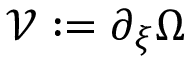
\mathcal { V } : = \partial _ { \xi } \Omega